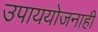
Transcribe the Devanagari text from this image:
उपाययोजनाही